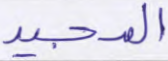
المجيد